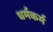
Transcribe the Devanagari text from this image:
धर्मकर्म